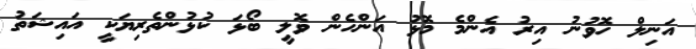
އަނިލް ހޮވުނު އިރު އެންމެ މޮޅު އަންހެން ވޮލީ ބޯޅަ ކުޅުންތެރިޔަކީ އައިޝަތު